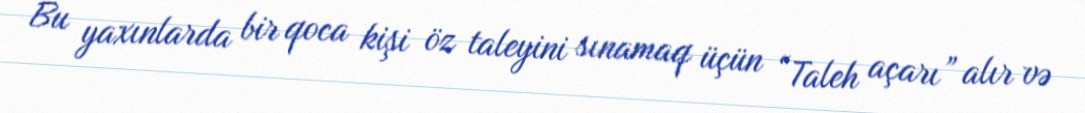
Bu yaxınlarda bir qoca kişi öz taleyini sınamaq üçün “Taleh açarı” alır və